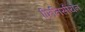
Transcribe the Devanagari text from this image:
फिनिसीयन